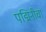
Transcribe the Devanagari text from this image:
पद्मिनीचा